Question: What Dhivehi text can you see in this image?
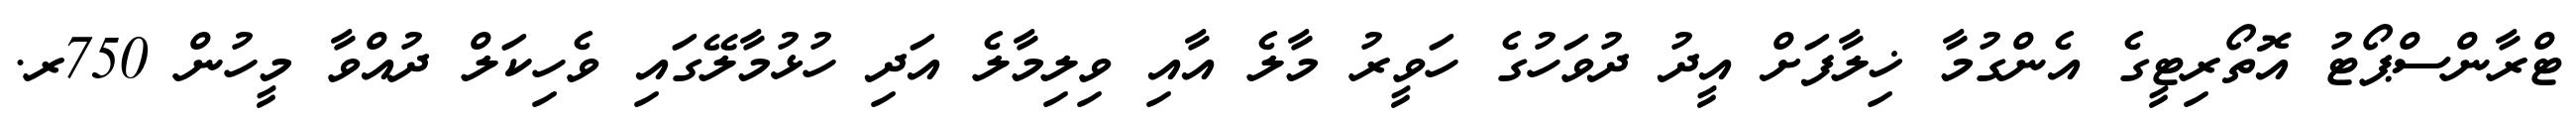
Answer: ޓްރާންސްޕޯޓު އޮތޯރިޓީގެ އެންގުމާ ޚިލާފަށް އީދު ދުވަހުގެ ހަވީރު މާލެ އާއި ވިލިމާލެ އަދި ހުޅުމާލޭގައި ވެހިކަލް ދުއްވާ މީހުން 750ރ.